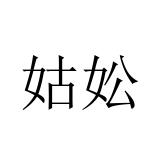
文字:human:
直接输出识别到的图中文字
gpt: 姑妐